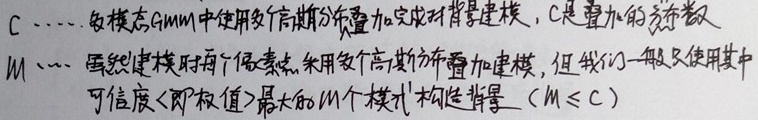
$C$：各模态GMM中使用多个高斯分布叠加完成背景建模，$C$是叠加的总数。

$M$：虽然建模时每个像素点采用多个高斯分布叠加建模，但我们一般只使用其中可信度（即权值）最大的$M$个模式构建背景（$M\leq C$）。